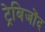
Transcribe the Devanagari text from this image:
ट्रेबिजोंद